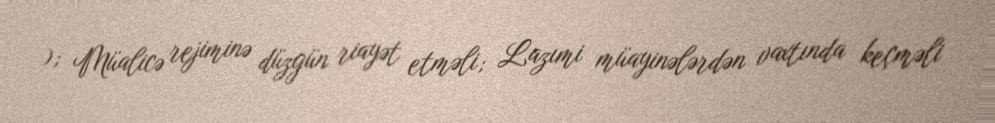
); Müalicə rejiminə düzgün riayət etməli; Lazımi müayinələrdən vaxtında keçməli